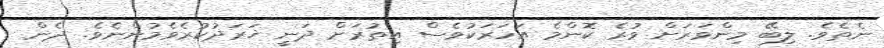
ނެތެވެ. ލިބޭ މިންވަރަށް ވުރެ ކޮންމެ އަހަރަކުވެސް އިތުރަށް ދަނީ ޚަރަދުކުރެވެމުންނެވެ. ދެން